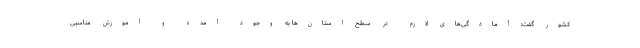
کشور گفت: آمادگی‌های لازم در سطح استان‌ها به وجود آمده و آموزش مناسبی